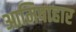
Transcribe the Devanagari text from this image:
आमिषाहार